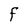
Character: F